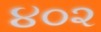
૪૦૨